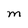
Character: M